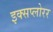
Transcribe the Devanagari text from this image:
इक्सप्लोरर